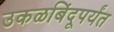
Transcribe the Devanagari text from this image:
उकळबिंदूपर्यंत